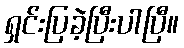
ရှင်းပြခဲ့ပြီးပါပြီ။